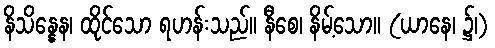
နိသိန္နေန၊ ထိုင်သော ရဟန်းသည်။ နီစေ၊ နိမ့်သော။ (ယာနေ၊ ၌၊)